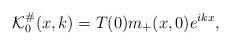
LaTeX: \begin{align*}\mathcal{K}_{0}^{\#}(x,k) & = T(0) m_{+}(x,0)e^{ikx},\end{align*}